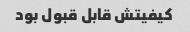
کیفیتش قابل قبول بود